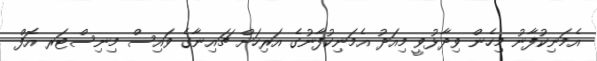
އެމަނިކުފާނު މިހެން ވިދާޅުވީ މިއަދު އެމަނިކުފާނުގެ އަރިހަށް ޗައިނާގެ ވައިސް މިނިސްޓަރ އޮފް